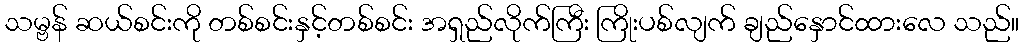
သမ္ဗန် ဆယ်စင်းကို တစ်စင်းနှင့်တစ်စင်း အရှည်လိုက်ကြီး ကြိုးပစ်လျက် ချည်နှောင်ထားလေ သည်။